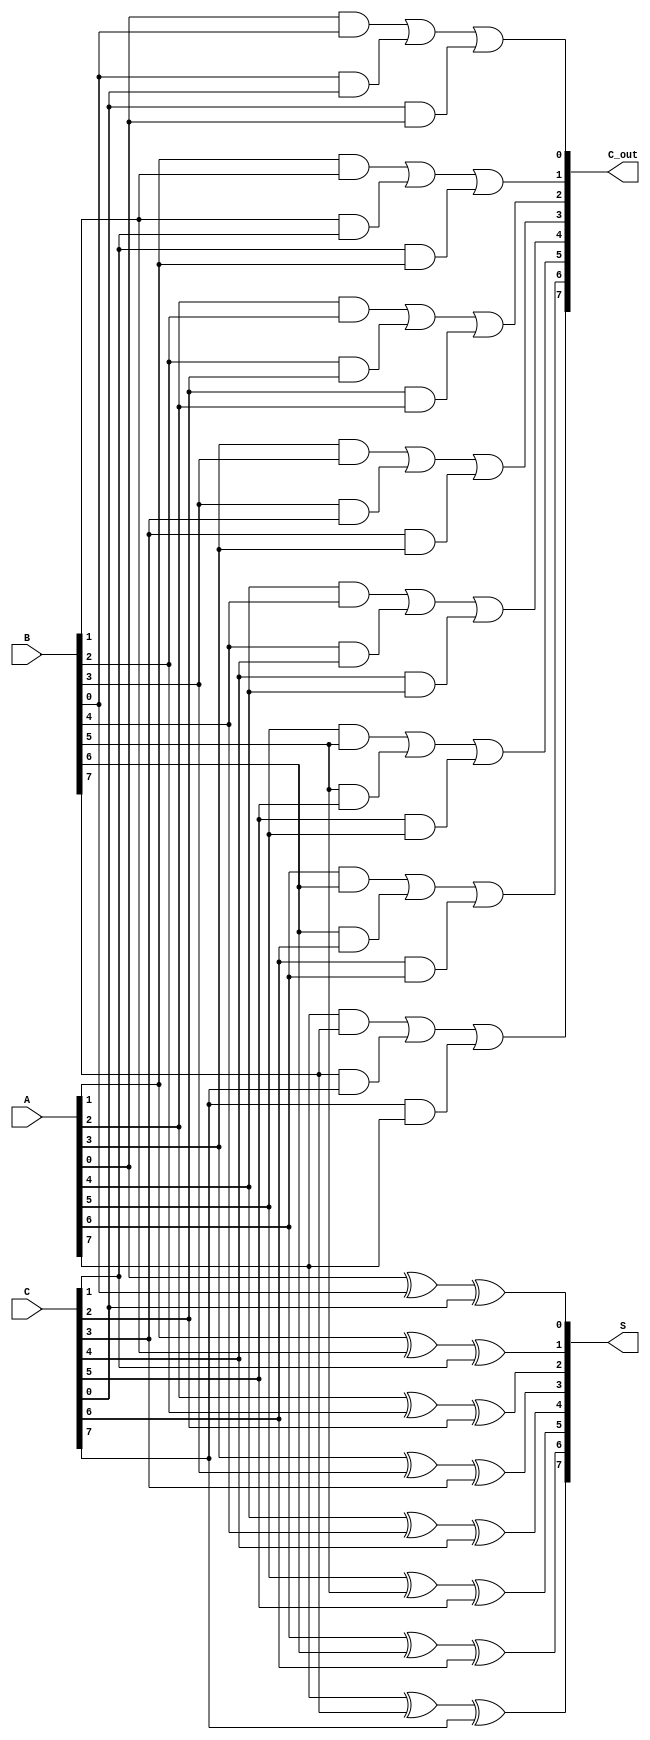
module CarrySaveAdder #(parameter n = 8) (
    input  wire [n-1:0] A,  // First input
    input  wire [n-1:0] B,  // Second input
    input  wire [n-1:0] C,  // Third input
    output wire [n-1:0] S,  // Sum output
    output wire [n-1:0] C_out // Carry output
);

    // Generate the sum and carry outputs
    genvar i;
    generate
        for (i = 0; i < n; i = i + 1) begin : CSA_logic
            assign S[i] = A[i] ^ B[i] ^ C[i];  // Sum calculation
            assign C_out[i] = (A[i] & B[i]) | (B[i] & C[i]) | (C[i] & A[i]);  // Carry calculation
        end
    endgenerate

endmodule